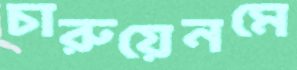
চারুয়েনমে